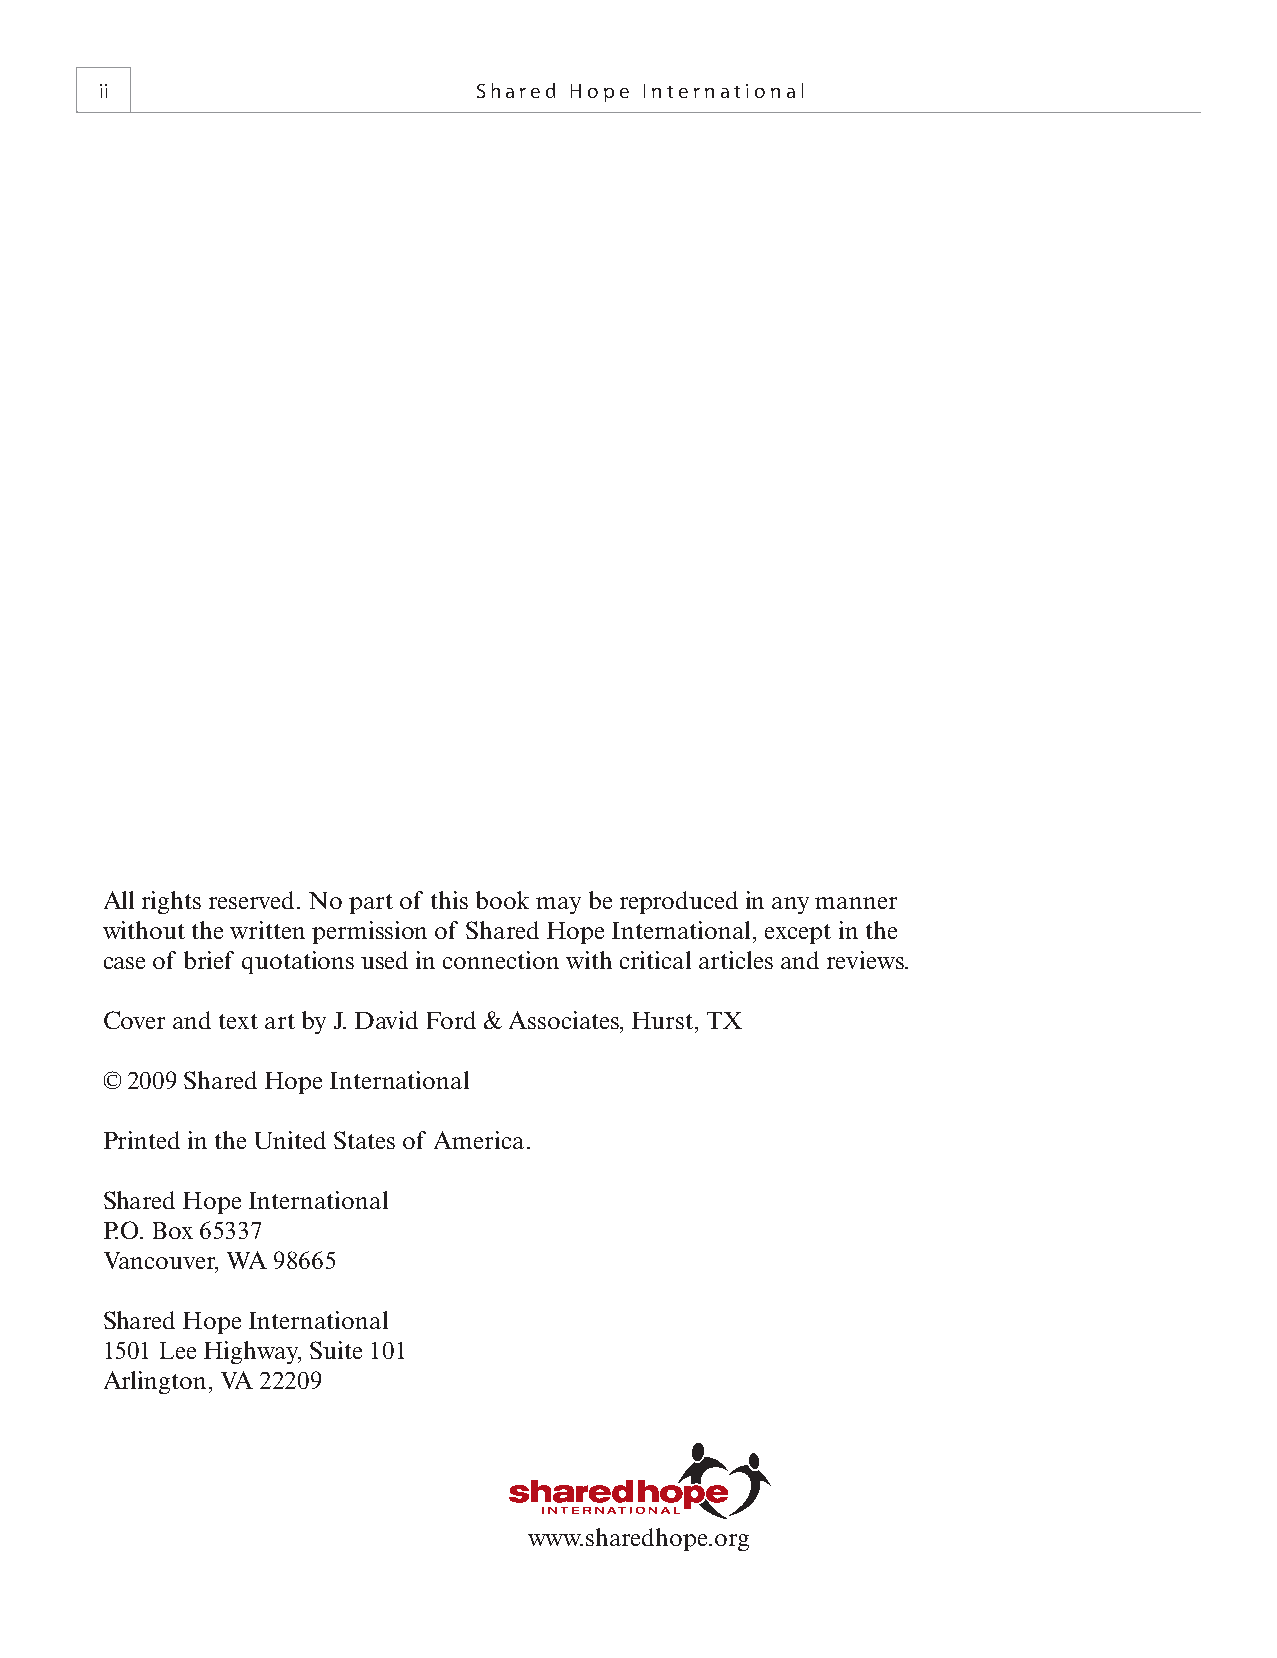
ii                       Shared Hope International
 All rights reserved. No part of this book may be reproduced in any manner
 without the written permission of Shared Hope International, except in the
 case of brief quotations used in connection with critical articles and reviews.
 Cover and text art by J. David Ford & Associates, Hurst, TX
 © 2009 Shared Hope International
 Printed in the United States of America.
 Shared Hope International
 P.O. Box 65337
 Vancouver, WA 98665
 Shared Hope International
 1501 Lee Highway, Suite 101
 Arlington, VA 22209
 www.sharedhope.org